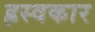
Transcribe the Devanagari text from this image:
ह्रस्वकार